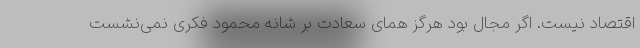
اقتصاد نیست. اگر مجال بود هرگز همای سعادت بر شانه محمود فکری نمی‌نشست